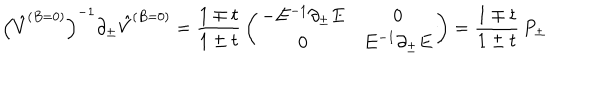
LaTeX: \left( \hat { V } ^ { ( B = 0 ) } \right) ^ { - 1 } \partial _ { \pm } \hat { V } ^ { ( B = 0 ) } = { \frac { 1 \mp t } { 1 \pm t } } \left( \begin{array} { c c } { { - E ^ { - 1 } \partial _ { \pm } E } } & { { 0 } } \\ { { 0 } } & { { E ^ { - 1 } \partial _ { \pm } E } } \\ \end{array} \right) = { \frac { 1 \mp t } { 1 \pm t } } \, P _ { \pm }